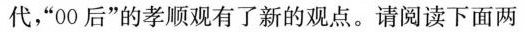
代，”00后”的孝顺观有了新的观点。请阅读下面两